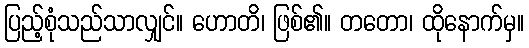
ပြည့်စုံသည်သာလျှင်။ ဟောတိ၊ ဖြစ်၏။ တတော၊ ထိုနောက်မှ။